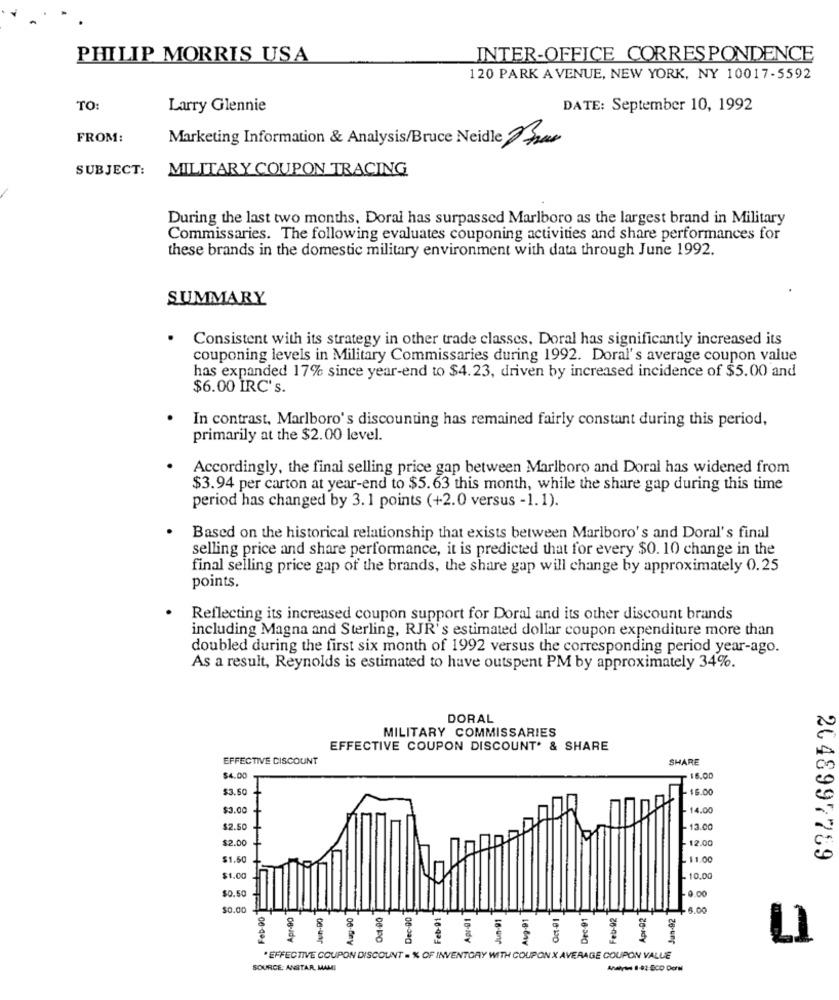
PHILIP MORRIS USA
INTER-OFFICE CORRESPONDENCE
120 PARK AVENUE, NEW YORK, NY 10017-5592
TO:
Larry Glennie
DATE: September 10, 1992
FROM:
Marketing Information & Analysis/Bruce Neidle P30
SUBJECT:
MILITARY COUPON TRACING
During the last two months, Doral has surpassed Marlboro as the largest brand in Military
Commissaries. The following evaluates couponing activities and share performances for
these brands in the domestic military environment with data through June 1992.
SUMMARY
Consistent with its strategy in other trade classes, Doral has significantly increased its
couponing levels in Military Commissaries during 1992. Doral's average coupon value
has expanded 17% since year-end to $4.23, driven by increased incidence of $5.00 and
$6.00 IRC' s.
In contrast, Marlboro's discounting has remained fairly constant during this period,
primarily at the $2.00 level.
Accordingly, the final selling price gap between Marlboro and Doral has widened from
$3.94 per carton at year-end to $5.63 this month, while the share gap during this time
period has changed by 3. 1 points (+2.0 versus -1.1).
Based on the historical relationship that exists between Marlboro's and Doral's final
selling price and share performance, it is predicted that for every $0. 10 change in the
final selling price gap of the brands, the share gap will change by approximately 0.25
points.
Reflecting its increased coupon support for Doral and its other discount brands
including Magna and Sterling, RJR's estimated dollar coupon expenditure more than
doubled during the first six month of 1992 versus the corresponding period year-ago.
As a result, Reynolds is estimated to have outspent PM by approximately 34%.
DORAL
MILITARY COMMISSARIES
EFFECTIVE COUPON DISCOUNT. & SHARE
EFFECTIVE DISCOUNT
SHARE
$4.00
16.00
$3.50
- $6.00
$3.00
-14.00
$2.50
$2.00
12.00
$1.50
- 11.00
2048997769
$1.00
- 10.00
$0.50
0.00
$0.00
Feb-DO
Aug-90
Od1-90
Dec-90
Feb-01
pr-01
Jun-91
Aug-91
AT-01
Dec-91
Feb-92
Apr-92
an-02
+6.00
8
. EFFECTIVE COUPON DISCOUNT . % OF INVENTORY WITH COUPON X AVERAGE COUPON VALUE
SOURCE: ANSTAR, MAMI
Analyse 8-92-BCD Derw